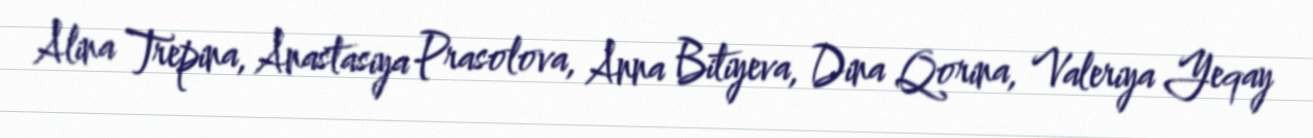
Alina Trepina, Anastasiya Prasolova, Anna Bitiyeva, Dina Qorina, Valeriya Yeqay